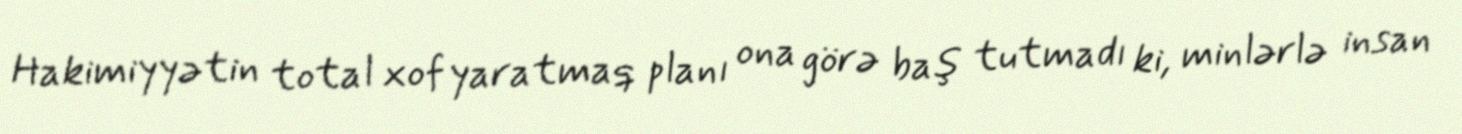
Hakimiyyətin total xof yaratmaq planı ona görə baş tutmadı ki, minlərlə insan